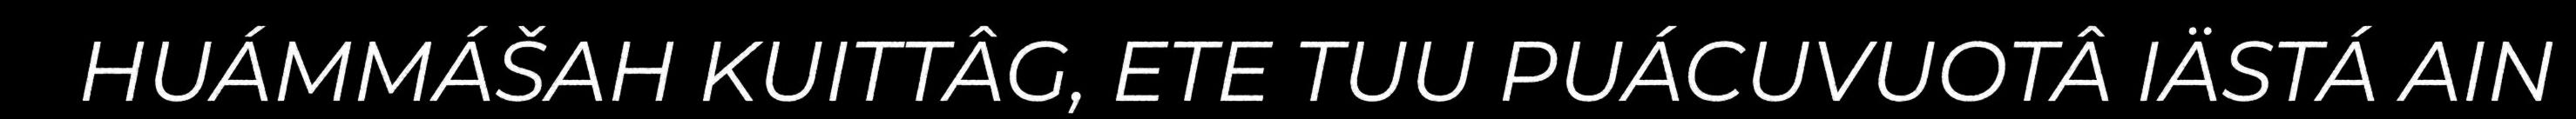
HUÁMMÁŠAH KUITTÂG, ETE TUU PUÁCUVUOTÂ IÄSTÁ AIN